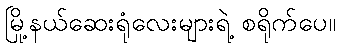
မြို့နယ်ဆေးရုံလေးများရဲ့ စရိုက်ပေ။